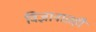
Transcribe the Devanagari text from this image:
विज्ञानातही